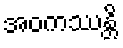
အဝကဿန္တိ